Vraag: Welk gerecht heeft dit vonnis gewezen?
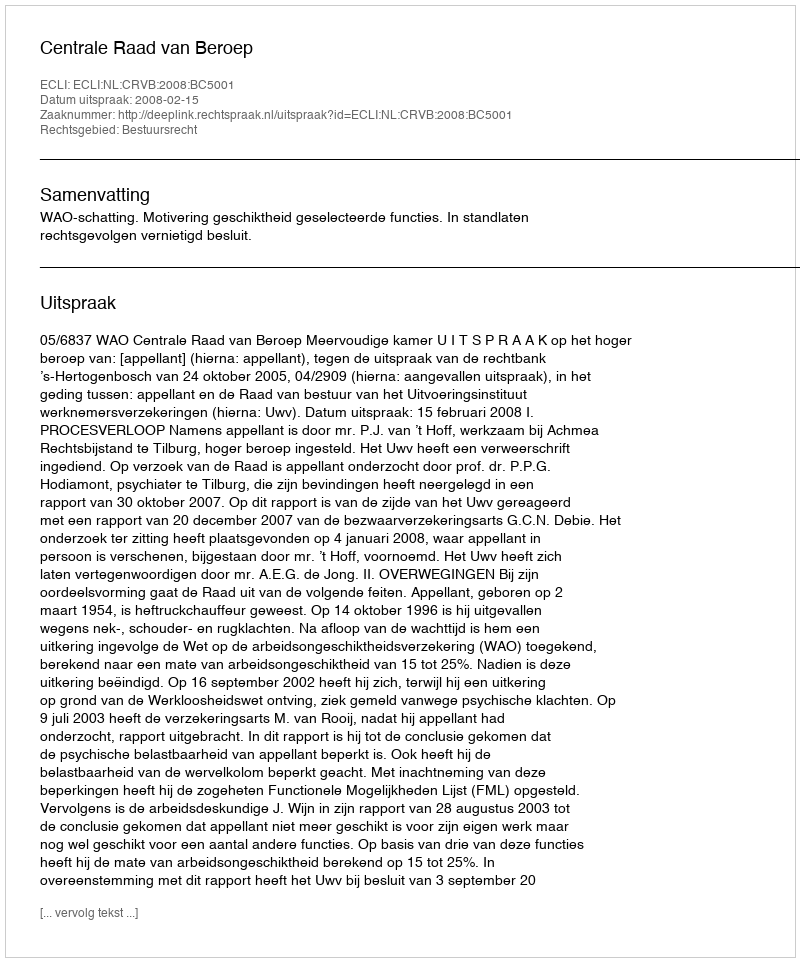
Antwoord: Centrale Raad van Beroep